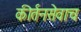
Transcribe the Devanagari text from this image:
कीर्तनसेवाच